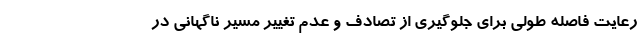
رعایت فاصله طولی برای جلوگیری از تصادف و عدم تغییر مسیر ناگهانی در